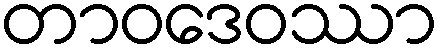
တာဝဒေဝဿာ